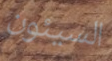
السيئون